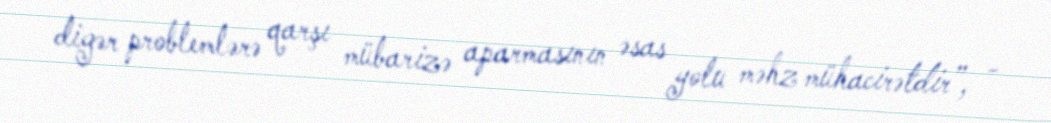
digər problemlərə qarşı mübarizə aparmasının əsas yolu məhz mühacirətdir”, -